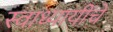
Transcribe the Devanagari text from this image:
स्वाध्यायींचे